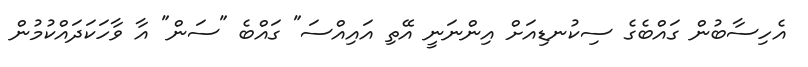
އެހިސާބުން ގައްބެގެ ސިކުނޑިއަށް އިންނަނީ އޭތި އައިއްސަ" ގައްބެ "ސަން" އާ ވާހަކަދައްކުމުން